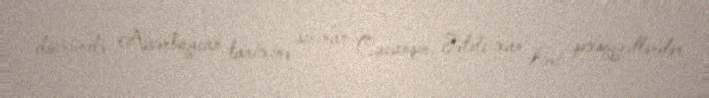
dövründə Azərbaycan tarixinə sırınan Cavanşir, Fətəli xan kimi şəxsiyyətlərdən